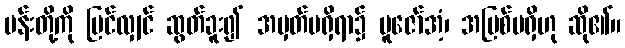
ပန်းတို့ကို မြင်လျှင် ဆွတ်ခူး၍ အမှတ်မရှိရာ၌ ပူဇော်အံ့၊ အပြစ်မရှိဟု ဆို၏။